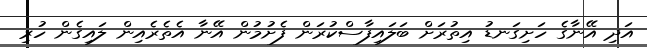
އަދި އޭނާގެ ހަށިގަނޑު އިތުރަށް ބަލައިފާސްކުރަން ފެށުމުން އޭނާ އެތެރެއިން ލައިގެން ހުރި